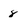
Character: 8